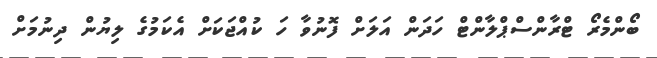
ބޯންމެރޯ ޓްރާންސްޕްލާންޓް ހަދަން އަލަށް ފޮނުވާ ހަ ކުއްޖަކަށް އެކަމުގެ ލިޔުން ދިނުމަށް